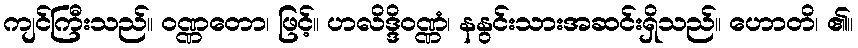
ကျင်ကြီးသည်။ ဝဏ္ဏတော၊ ဖြင့်။ ဟလိဒ္ဒိဝဏ္ဏံ၊ နနွင်းသားအဆင်းရှိသည်။ ဟောတိ၊ ၏။